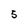
Character: 5